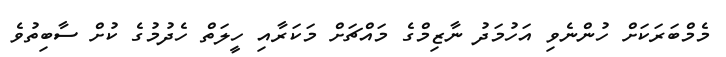
މެމްބަރަކަށް ހުންނެވި އަހުމަދު ނާޒިމްގެ މައްޗަށް މަކަރާއި ހީލަތް ހެދުމުގެ ކުށް ސާބިތުވެ